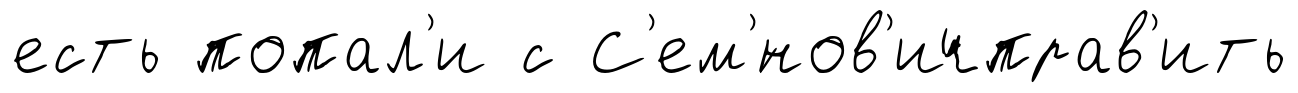
есть попал'и с С'ем'́нов'ичправ'ить